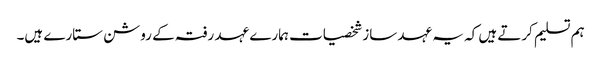
ہم تسلیم کرتے ہیں کہ یہ عہد ساز شخصیات ہمارے عہد رفتہ کے روشن ستارے ہیں۔